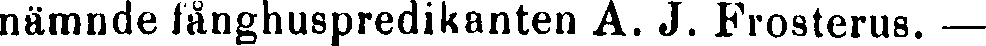
nämnde fånghuspredikanten A. J. Frosterus. —